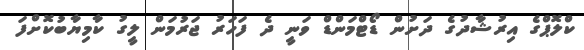
ކްލޮޕްގެ އިރުޝާދުގެ ދަށުން ޑޯޓްމަންޑް ވަނީ ދެ ފަހަރު ޖަރުމަން ލީގު ކާމިޔާބުކޮށްފަ